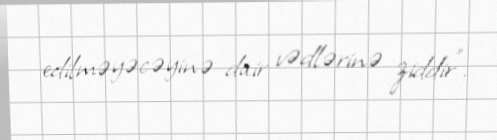
edilməyəcəyinə dair vədlərinə ziddir”.